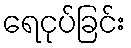
ရေငုပ်ခြင်း